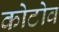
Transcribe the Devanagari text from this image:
कोटोव